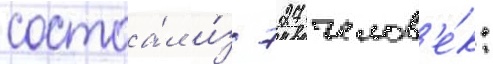
состоа́л и́з 727 челов'е́к: